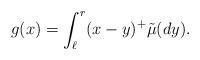
LaTeX: \begin{align*}g(x)= \int_{\ell}^r (x-y)^+ \tilde{\mu}(dy).\end{align*}